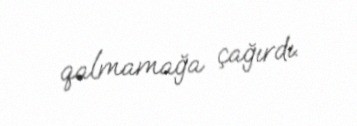
qalmamağa çağırdı.